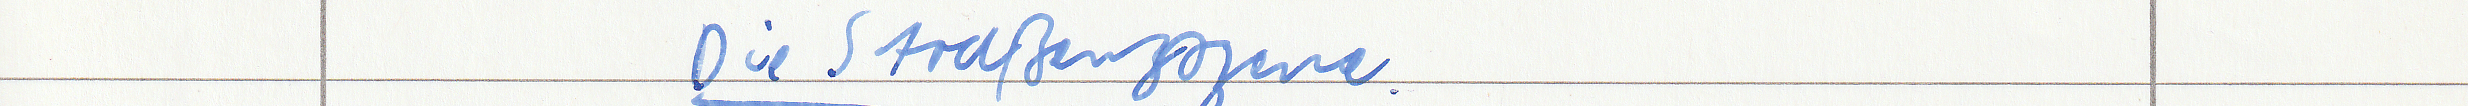
Die Straßenszene